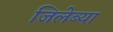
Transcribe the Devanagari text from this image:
जिलेब्या